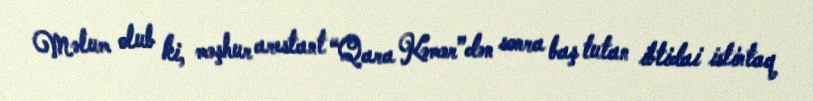
Məlum olub ki, məşhur arestant “Qara Kəmər”dən sonra baş tutan ibtidai istintaq